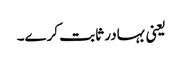
یعنی بہادر ثابت کرے۔